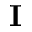
\textbf { I }